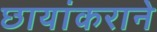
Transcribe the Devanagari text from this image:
छायांकराने